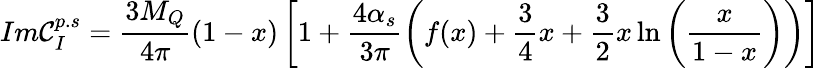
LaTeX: Im\mathcal{C}_{I}^{p.s}=\frac{{3M_{Q}}}{{4\pi}}(1-x)\left[1+\frac{{4\alpha_{s}}}{{3\pi}}\left(f(x)+\frac{3}{4}x+\frac{3}{2}x\ln\left(\frac{{x}}{{1-x}}\right)\right)\right]